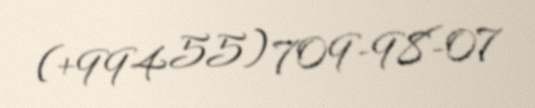
(+994 55) 709-98-07